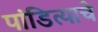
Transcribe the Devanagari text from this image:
पांडित्याचे